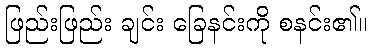
ဖြည်းဖြည်း ချင်း ခြေနင်းကို စနင်း၏။